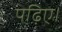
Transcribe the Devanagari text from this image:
पढ़िए।